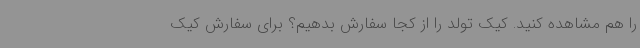
را هم مشاهده کنید. کیک تولد را از کجا سفارش بدهیم؟ برای سفارش کیک